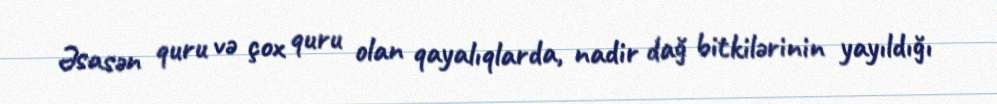
Əsasən quru və çox quru olan qayalıqlarda, nadir dağ bitkilərinin yayıldığı